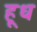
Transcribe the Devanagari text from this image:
हूध